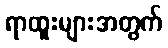
ရာထူးများအတွက်